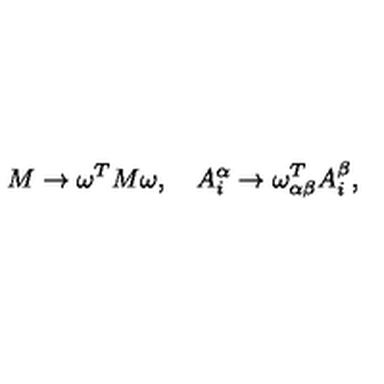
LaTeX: M \rightarrow \omega ^ { T } M \omega , \quad A _ { i } ^ { \alpha } \rightarrow \omega _ { \alpha \beta } ^ { T } A _ { i } ^ { \beta } ,